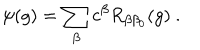
LaTeX: \psi ( g ) = \sum _ { \beta } c ^ { \beta } R _ { \beta \beta _ { 0 } } ( g ) ~ .